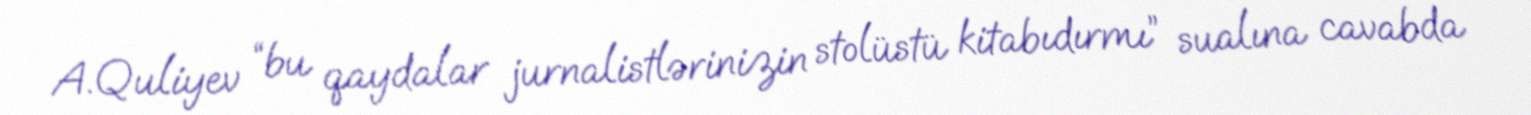
A.Quliyev “bu qaydalar jurnalistlərinizin stolüstü kitabıdırmı” sualına cavabda